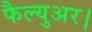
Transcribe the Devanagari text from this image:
फैल्युअर।